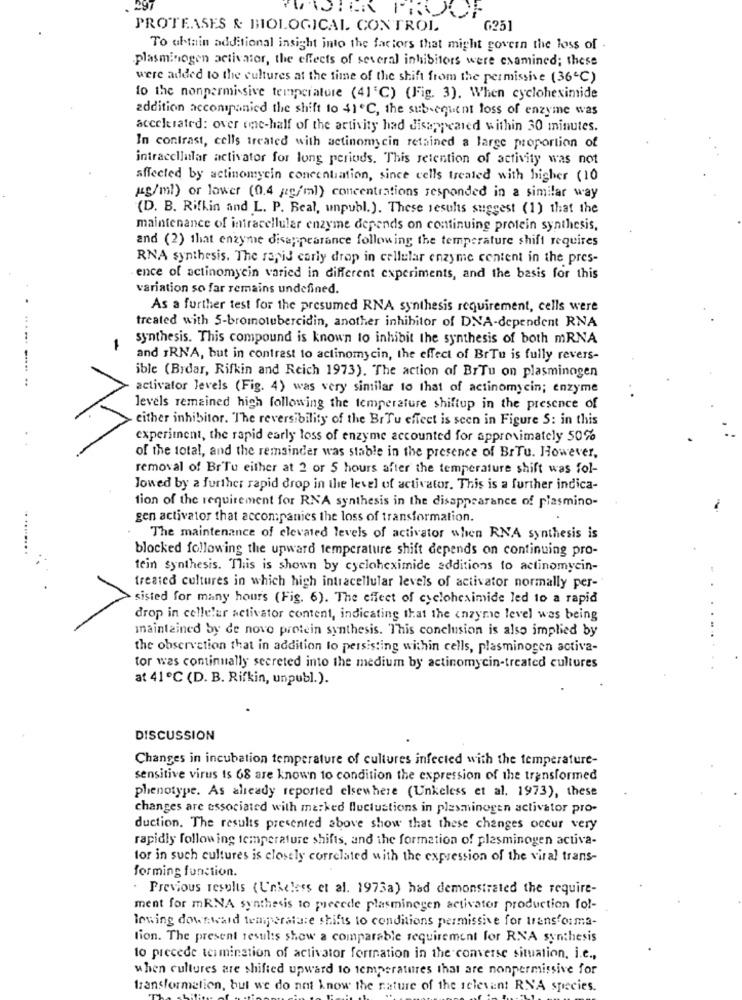
PROTEASES & BIOLOGICAL CONTROL
G251
To obtain additional insight into the factors that might govern the loss of
plasminogen activator, the effects of several inhibitors were examined; these
were added to the cultures at the time of the shift from the permissive (36℃)
to the nonpermissive temperature (41'℃) (Fig. 3). When cycloheximide
addition accompanied the shift to 41ºC, the subsequent loss of enzyme was
accelerated: over one-half of the activity had disappeared within 30 minutes.
In contrast, cells treated with actinomycin retained a large proportion of
intracellular activator for long periods. This retention of activity was not
affected by actinomycin concentration, since cells treated with higher (10
Mg/ml) or lower (0.4 ;2g/ml) concentrations responded in a similar way
(D. B. Rifkin and L. P. Beal, unpubl.). These results suggest (1) that the
maintenance of intracellular enzyme depends on continuing protein synthesis,
and (2) that enzyme disappearance following the temperature shift requires
RNA synthesis. The rapid carly drop in cellular enzyme content in the pres-
ence of actinomycin varied in different experiments, and the basis for this
variation so far remains undefined.
As a further test for the presumed RNA synthesis requirement, cells were
.. .
treated with 5-bromotubercidin, another inhibitor of DNA-dependent RNA
synthesis. This compound is known to inhibit the synthesis of both mRNA
-
and IRNA, but in contrast to actinomycin, the effect of BrTu is fully revers-
ible (Bidar, Rifkin and Reich 1973). The action of BrTu on plasminogen
activator levels (Fig. 4) was very similar to that of actinomycin; enzyme
levels remained high following the temperature shiftup in the presence of
either inhibitor. The reversibility of the BrTu effect is seen in Figure S: in this
experiment, the rapid early loss of enzyme accounted for approximately 50%
of the total, and the remainder was stable in the presence of BrTu. However,
removal of Br'Tu either at 2 or 5 hours after the temperature shift was fol-
lowed by a further rapid drop in the level of activator. This is a further indica-
tion of the requirement for RNA synthesis in the disappearance of plasmino-
gen activator that accompanies the loss of transformation.
The maintenance of elevated levels of activator when RNA synthesis is
blocked following the upward temperature shift depends on continuing pro-
tein synthesis. This is shown by cycloheximide additions to actinomyein-
treated cultures in which high intracellular levels of activator normally per-
sisted for many hours (Fig. 6). The effect of cycloheximide led to a rapid
drop in cellelar activator content, indicating that the enzyme level was being
maintained by de novo protein synthesis. This conclusion is also implied by
the observation that in addition to persisting within cells, plasminogen activa-
tor was continually secreted into the medium by actinomycin-treated cultures
at 41℃ (D. B. Rifkin, unpubl.).
DISCUSSION
Changes in incubation temperature of cultures infected with the temperature-
sensitive virus Is 68 are known to condition the expression of the transformed
phenotype. As already reported elsewhere (Unkeless et al. 1973), these
changes are associated with marked fluctuations in plasminogen activator pro-
duction. The results presented above show that these changes occur very
rapidly following temperature shifts, and the formation of plasminogen activa-
for in such cultures is closely correlated with the expression of the viral trans-
forming function.
Previous results (Unkeless et al. 1973a) had demonstrated the require-
ment for mRNA synthesis to precede plasminegen activator production fol-
lowing downward temperature shifts to conditions permissive for transforma-
lion. The present results show a comparable requirement for RNA synthesis
to precede termination of activator formation in the converse situation, i.e .,
when cultures are shifted upward to temperatures that are nonpermissive for
transformetien, but we do not know the nature of the relevant RNA species.